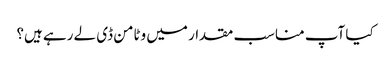
کیا آپ مناسب مقدار میں وٹامن ڈی لے رہے ہیں؟